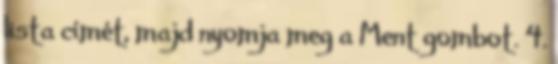
lista címét, majd nyomja meg a Ment gombot. 4.